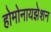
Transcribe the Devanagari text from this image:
होमोनायझेशन